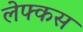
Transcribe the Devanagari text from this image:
लेफ्कस